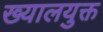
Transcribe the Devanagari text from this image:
ख्यालयुक्त